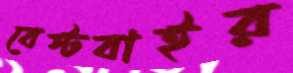
বেস্টবাইর